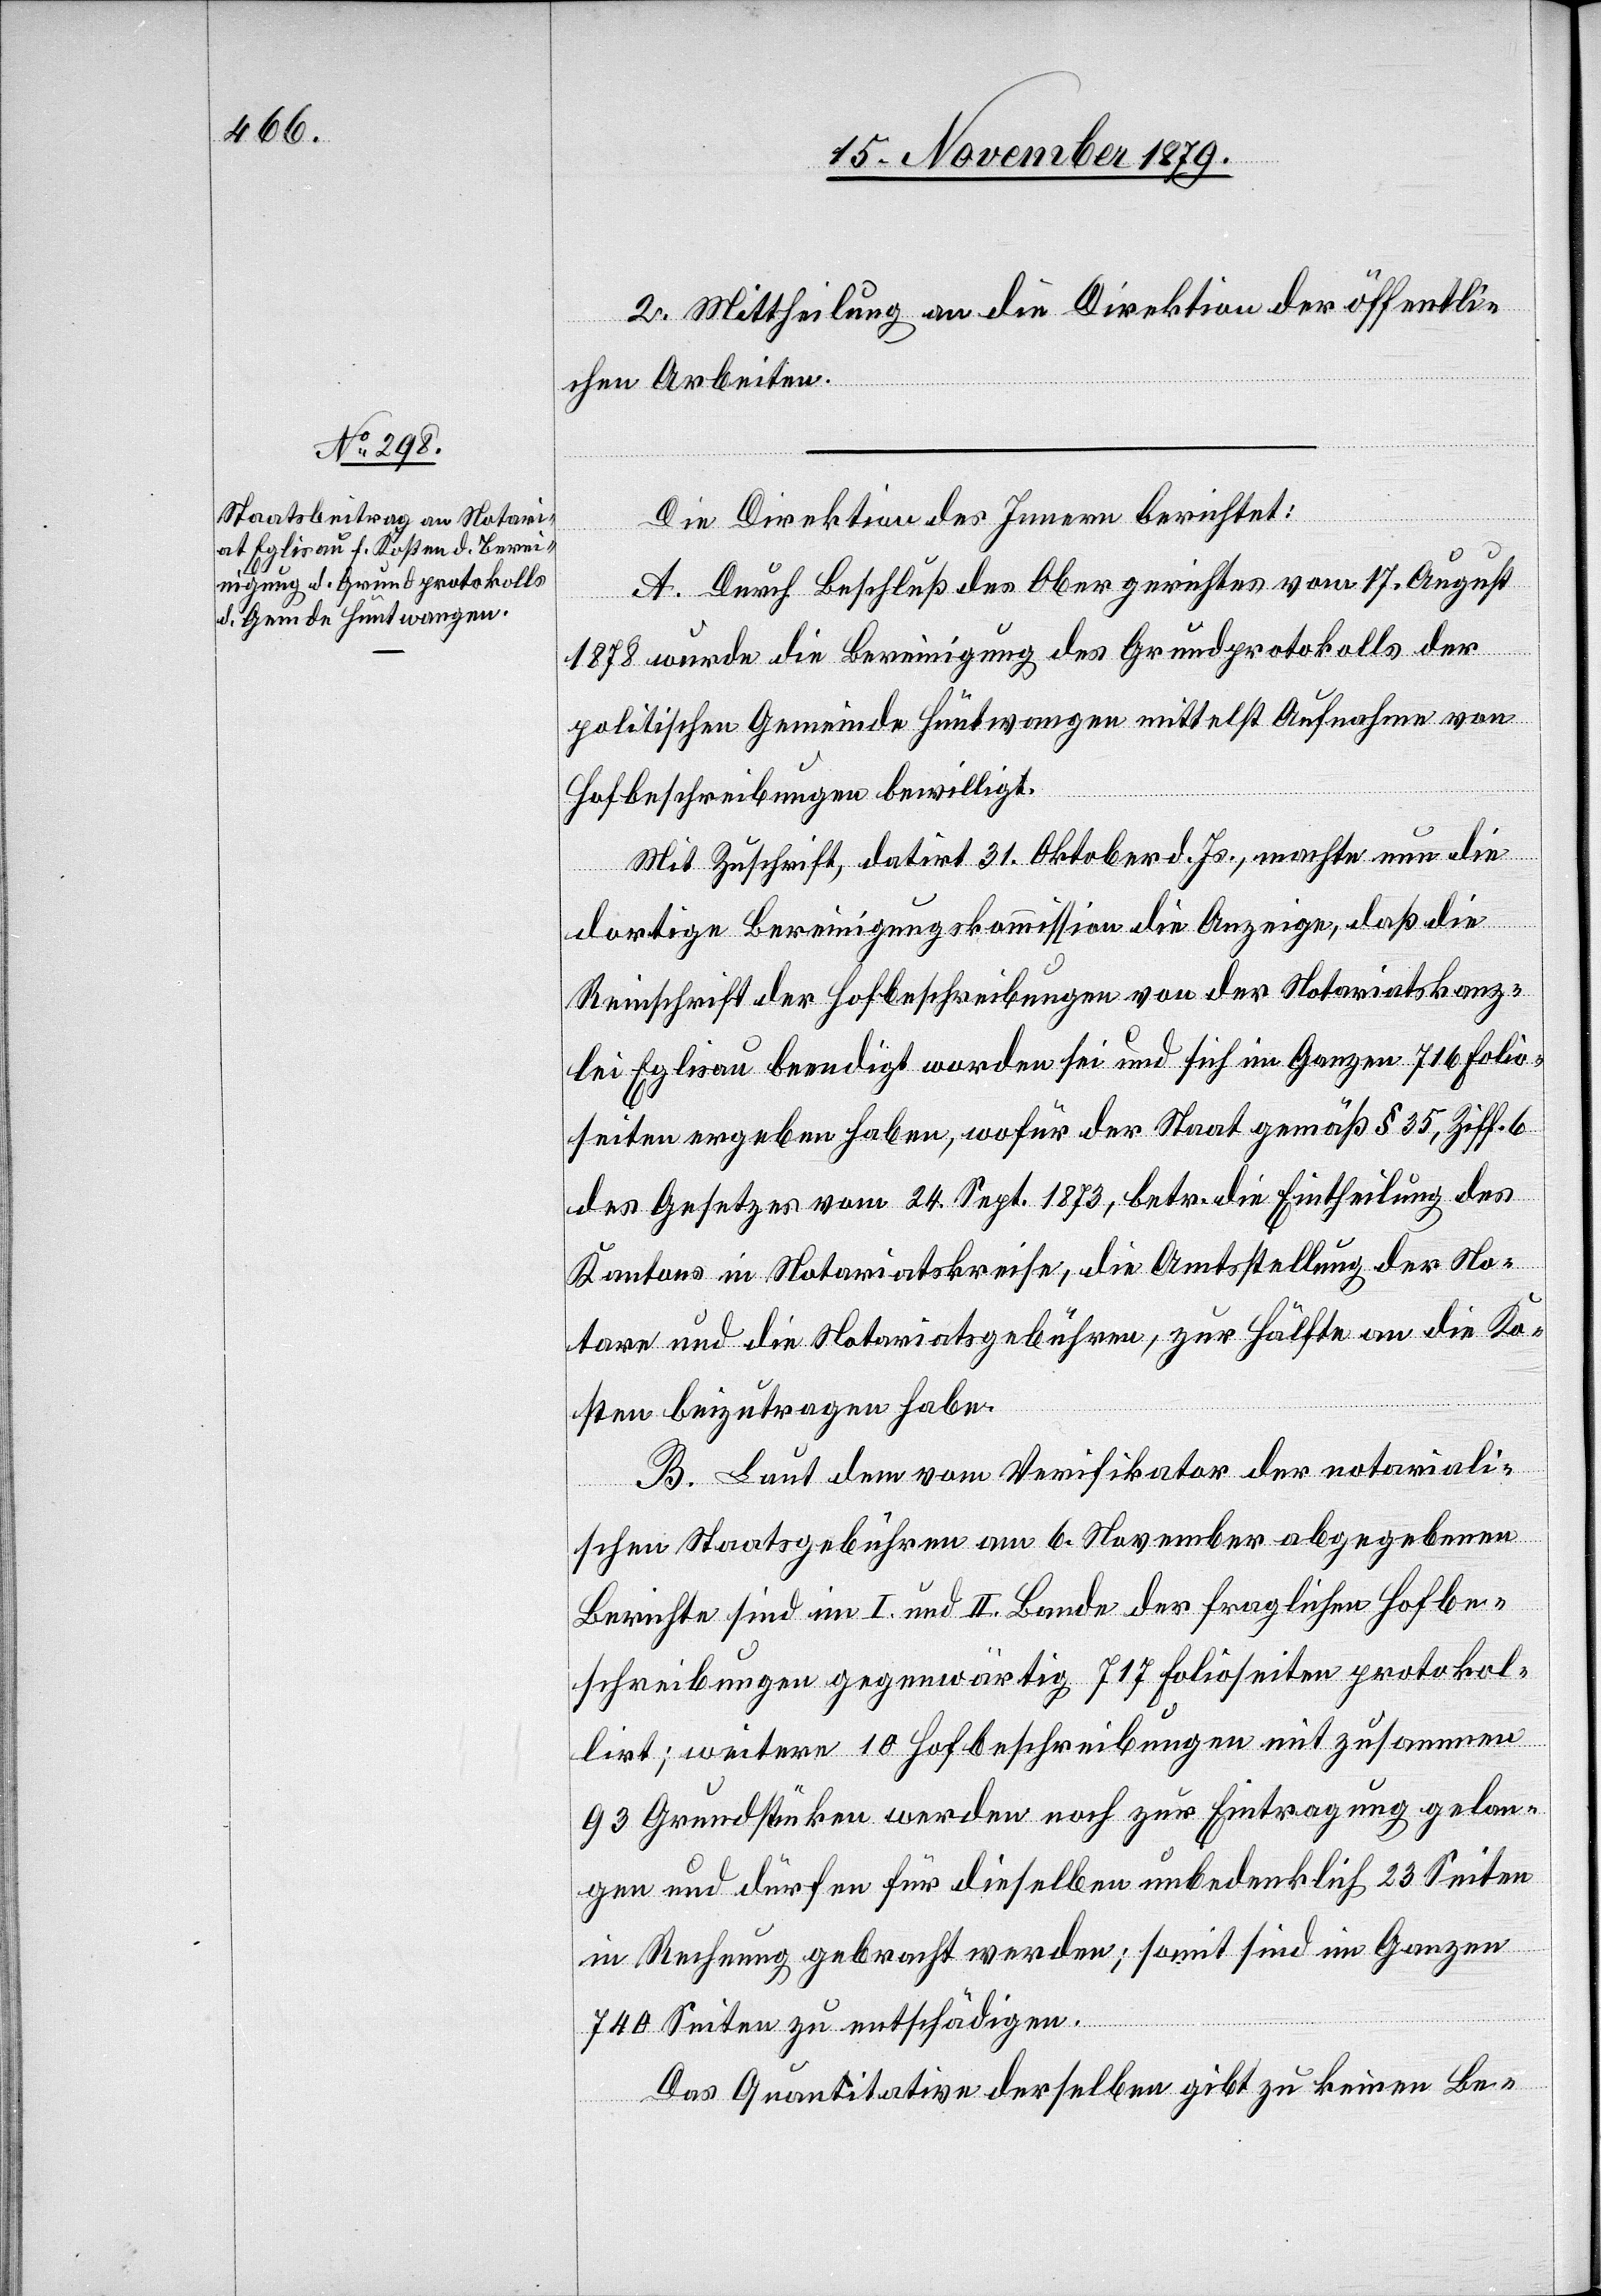
2. Mittheilung an die Direktion der öffentli¬
chen Arbeiten.
Die Direktion des Innern berichtet:
A. Durch Beschluß des Obergerichtes vom 17. August
1878 wurde die Bereinigung des Grundprotokolls der
politischen Gemeinde Hüntwangen mittelst Aufnahme von
Hofbeschreibungen bewilligt.
Mit Zuschrift, datirt 31. Oktober d. Js., machte nun die
dortige Bereinigungskommission die Anzeige, daß die
Reinschrift der Hofbeschreibungen von der Notariatskanz¬
lei Eglisau beendigt worden sei und sich im Ganzen 716 Folio¬
seiten ergeben haben, wofür der Staat gemäß § 35, Ziff. 6
des Gesetzes vom 24. Sept. 1873, betr. die Eintheilung des
Kantons in Notariatskreise, die Amtsstellung der No¬
tare und die Notariatsgebühren, zur Hälfte an die Ko¬
sten beizutragen habe.
B. Laut dem vom Verifikator der notariali¬
schen Staatsgebühren am 6. November abgegebenen
Berichte sind im I. und II. Bande der fraglichen Hofbe¬
schreibungen gegenwärtig 717 Folioseiten protokol¬
lirt; weitere 10 Hofbeschreibungen mit zusammen
93 Grundstüken werden noch zur Eintragung gelan¬
gen und dürfen für dieselben unbedenklich 23 Seiten
in Rechnung gebracht werden; somit sind im Ganzen
740 Seiten zu entschädigen.
Das Quantitative derselben gibt zu keinen Be-